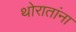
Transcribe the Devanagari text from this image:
थोरातांना